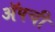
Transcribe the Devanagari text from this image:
ॲपची